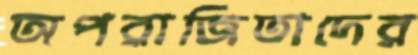
অপরাজিতাদের